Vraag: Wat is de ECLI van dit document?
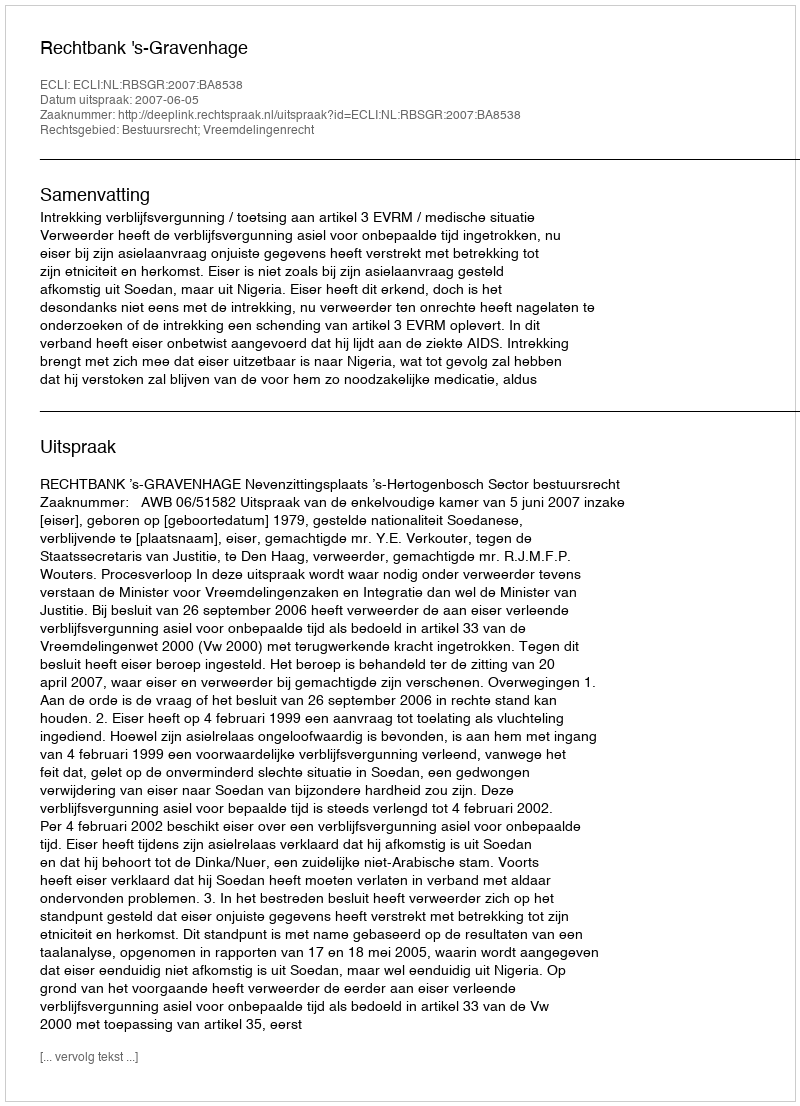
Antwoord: ECLI:NL:RBSGR:2007:BA8538